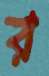
র